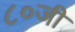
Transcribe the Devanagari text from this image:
८०जी